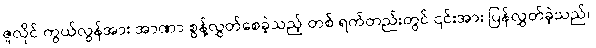
ဇူလိုင် ကွယ်လွန်အား အာဏာ စွန့်လွှတ်စေခဲ့သည့် တစ် ရက်တည်းတွင် ၎င်းအား ပြန်လွှတ်ခဲ့သည်။